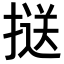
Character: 𢱤